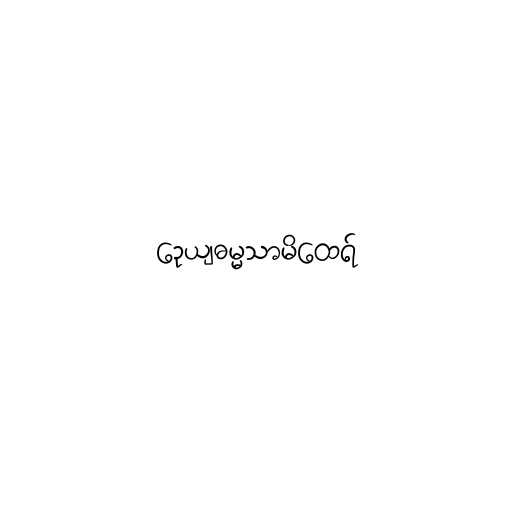
ဉေယျဓမ္မသာမိထေရ်